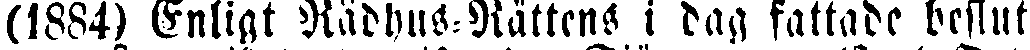
(1884) Enligt Rådhus-Rättens i dag fattade beslut